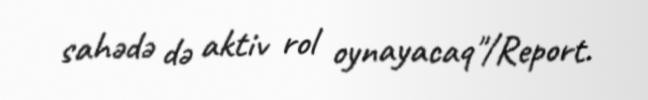
sahədə də aktiv rol oynayacaq"/Report.